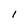
Character: 1